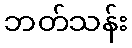
ဘတ်သန်း